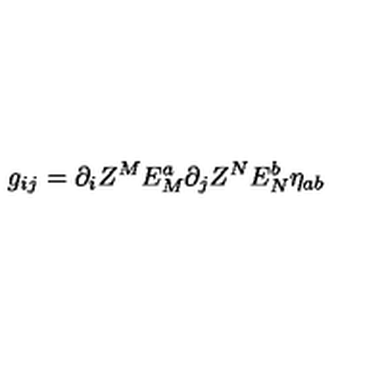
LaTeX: g _ { i j } = \partial _ { i } Z ^ { M } E _ { M } ^ { a } \partial _ { j } Z ^ { N } E _ { N } ^ { b } \eta _ { a b }